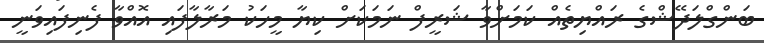
ބަންގްލަދޭޝްގެ ރައްޔިތެއް ކަމަށްވާ ޝަރީފް ނަމަކަށް ކިޔާ މީހަކު މަރާލާފައި އޮއްވާ ފެނިފައިވަނީ